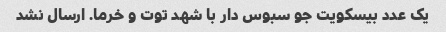
یک عدد بیسکویت جو سبوس دار با شهد توت و خرما. ارسال نشد